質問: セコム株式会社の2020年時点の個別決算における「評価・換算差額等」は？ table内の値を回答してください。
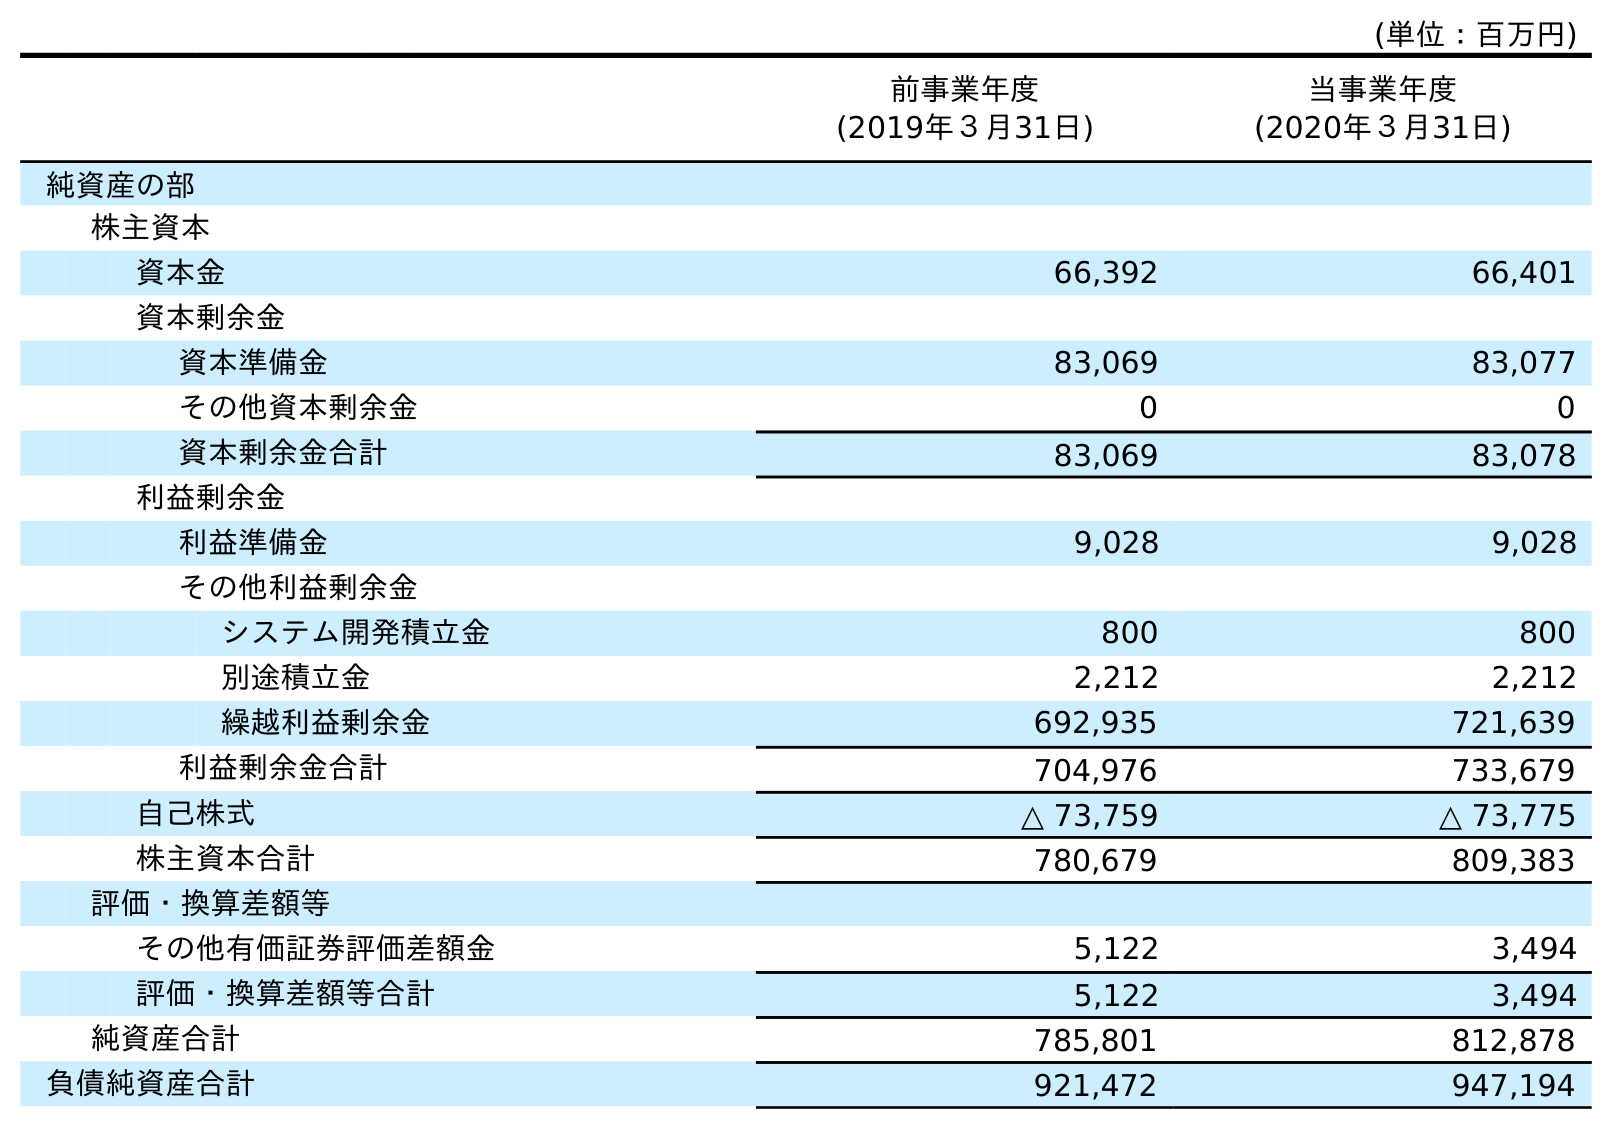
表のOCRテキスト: (単位：百万円) 前事業年度 (2019年３月31日) 当事業年度 (2020年３月31日) 純資産の部 株主資本 資本金 66,392 66,401 資本剰余金 資本準備金 83,069 83,077 その他資本剰余金 0 0 資本剰余金合計 83,069 83,078 利益剰余金 利益準備金 9,028 9,028 その他利益剰余金 システム開発積立金 800 800 別途積立金 2,212 2,212 繰越利益剰余金 692,935 721,639 利益剰余金合計 704,976 733,679 自己株式 △ 73,759 △ 73,775 株主資本合計 780,679 809,383 評価・換算差額等 その他有価証券評価差額金 5,122 3,494 評価・換算差額等合計 5,122 3,494 純資産合計 785,801 812,878 負債純資産合計 921,472 947,194
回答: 3,494